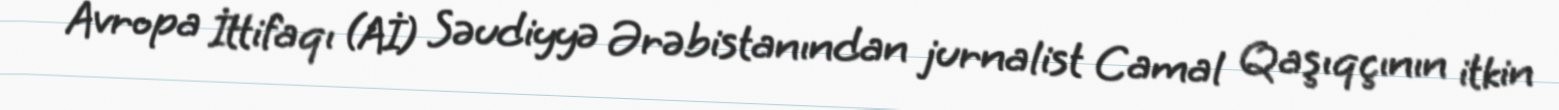
Avropa İttifaqı (Aİ) Səudiyyə Ərəbistanından jurnalist Camal Qaşıqçının itkin